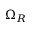
\Omega _ { R }